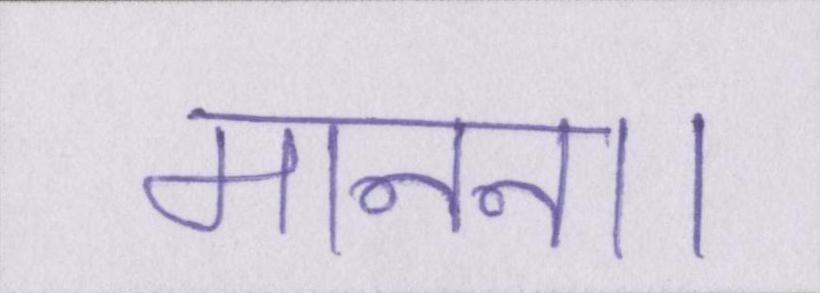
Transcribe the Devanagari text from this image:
मानना।